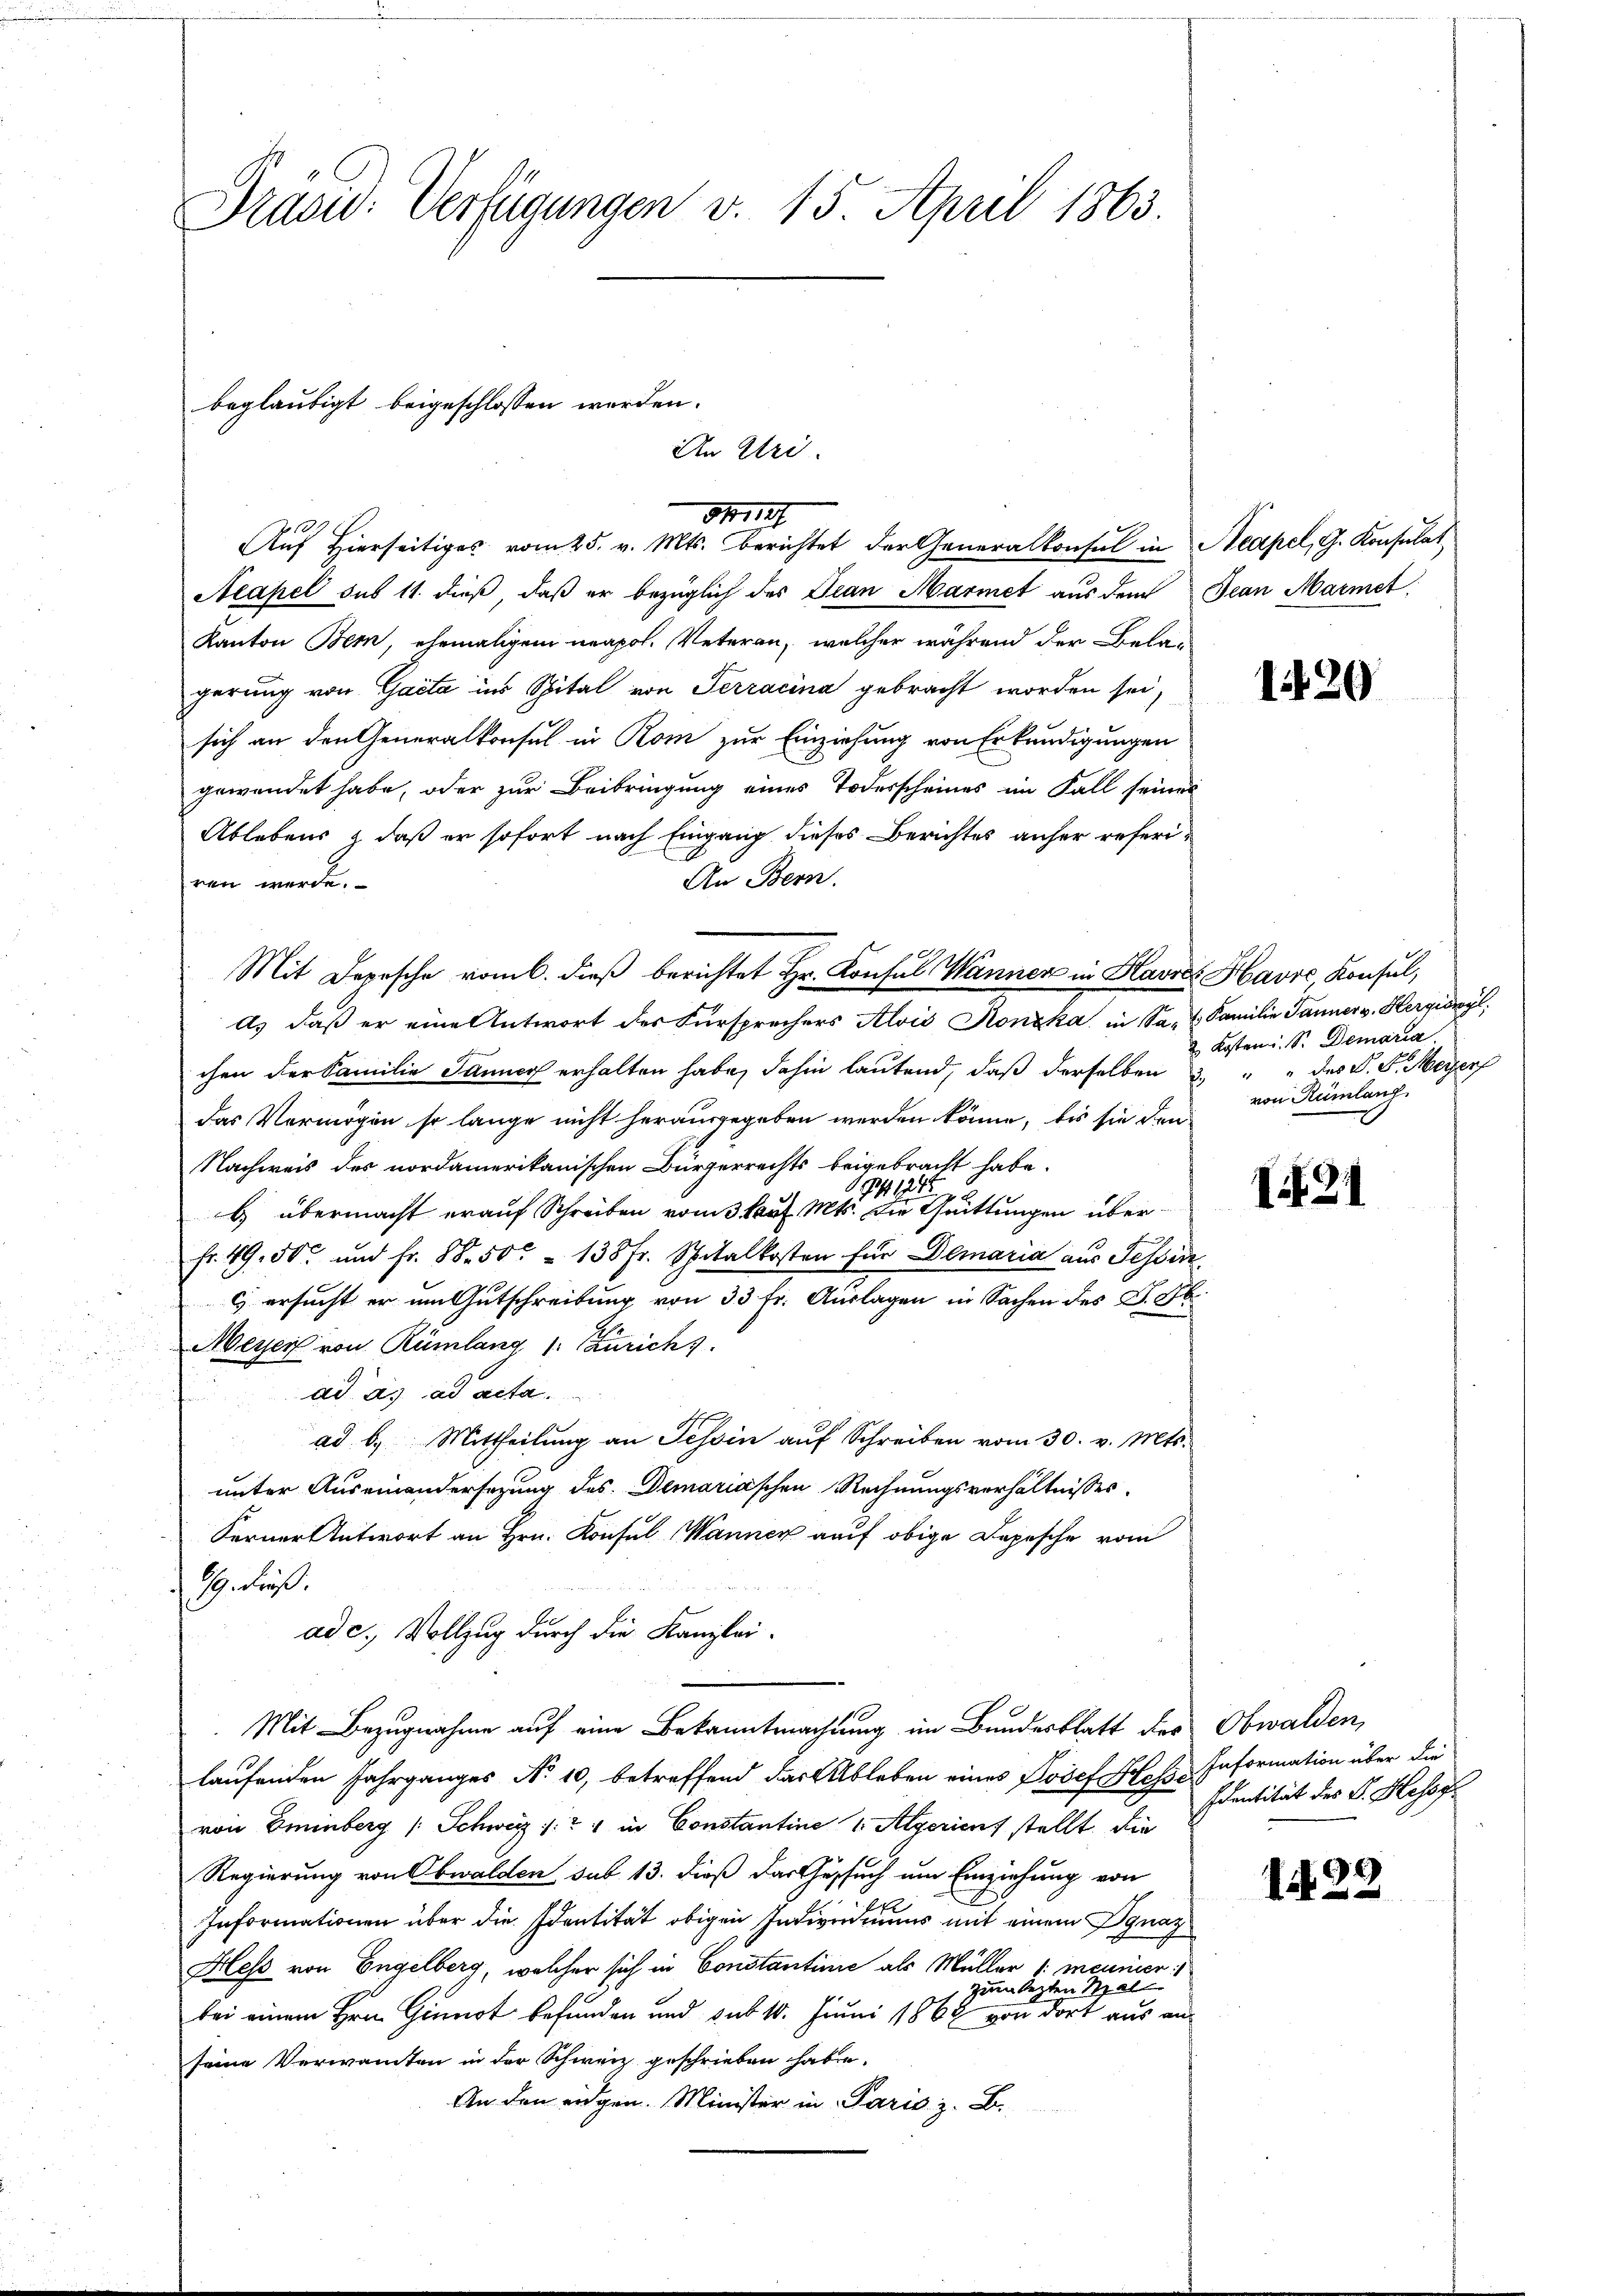
Präsid. Verfügungen v. 15. April 1863.

beglaubigt beigeschlossen werden.
An Uri.

Aŭf Hierseitiges vom 25. v. Mts. berichtet der Generalkonsul in Neapel, G. Konsulat
Neapel sub 11. dieß, daß er bezüglich des Dian Marmet aus dem
Kanton Bern, ehemaligem neapol. Veteran, welcher während der Belagerung von Gacta ins Spital von Serracina gebracht worden sei,
sich an den Generalkonsul in Rom zur Einziehung von Erkundigungen
gewendet habe, oder zur Beibringung eines Todesscheines im Fall seines
Ablebens & daß er sofort nach Eingang dieses Berichtes anher referi¬
An Bern.
ren werde.
As daß er eine Antwort des Fürsprechers Alois Konzka in Sa, u Familie Tanner v. Hergiswyl,
chen der Familie Janner erhalten habe, dahin lautend, daß derselben 3. " " des V. P. Meyer
das Vermögen so lange nicht herausgegeben werden könne, bis sie den
Nachweis des nordamerikanischen Bürgerrechts beigebracht habe.
971
2
b) übermacht erauf Schreiben vom 3 kauf Mts. die Quittungen über¬
Fr. 49. 50 und Fr. 88. 50. 138 Fr. Spitalkosten für Demaria aus Tessin
6 ersucht er im Gutschreibung von 33 fr. Auslagen in Sachen des D. R.
Meyer von Rümlang 1. Zürichs.
ad as ad acta.
f
ad b. Mittheilŭng an Tessin aŭf Schreiben vom 30. v. Mts.
unter Auseinandersezung des Demariaschen Rechnungsverhältnisses.
Ferner Antwort an Hrn. Konsul Manner auf obige Depesche vom
R. drgl.
ad c., Vollzug durch die Kanzlei-
Mit Bezugnahme auf eine Bekanntmachtung im Bundesblatt des Obwalden,
laufenden Jahrganges No 10, betreffend das Ableben eines Josef Sch Information über die
von Eminberg (Schweiz /:21 in Constantine 1 Algerient stellt. Die
Regierung von Obwalden sub 13. dieß das Gesuch um Einziehung von
fl
Informationen über die Identität obigen Individuums mit einem Ignaz
Hess von Engelberg, welcher sich in Constantinie als Müller (: meunier
zum lezten Stal
bei einem Hrn. Ginot befunden und sub 10. Juni 1864 von dort aus an
seine Verwandten in der Schweiz geschrieben habe.
An den eidgen. Minister in Paris z. B.

341147

Mit Depesche romb. dieß berichtet Hr. Konsul Wänner in Havres Havre, Konsul,

Jean Marmet

120

Kosten. Sr. Demaria
von Rümlang

I24

Identität des S. Hessg

)
1